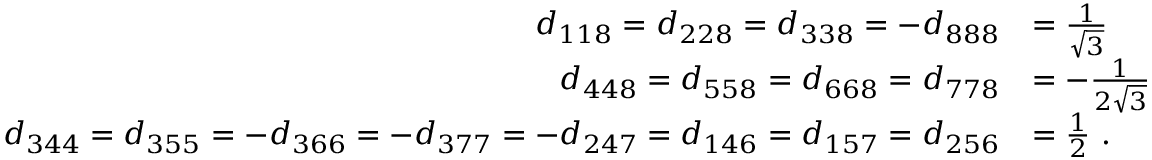
{ \begin{array} { r l } { d _ { 1 1 8 } = d _ { 2 2 8 } = d _ { 3 3 8 } = - d _ { 8 8 8 } } & { = { \frac { 1 } { \sqrt { 3 } } } } \\ { d _ { 4 4 8 } = d _ { 5 5 8 } = d _ { 6 6 8 } = d _ { 7 7 8 } } & { = - { \frac { 1 } { 2 { \sqrt { 3 } } } } } \\ { d _ { 3 4 4 } = d _ { 3 5 5 } = - d _ { 3 6 6 } = - d _ { 3 7 7 } = - d _ { 2 4 7 } = d _ { 1 4 6 } = d _ { 1 5 7 } = d _ { 2 5 6 } } & { = { \frac { 1 } { 2 } } ~ . } \end{array} }